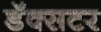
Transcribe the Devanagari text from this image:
डॅक्सटर